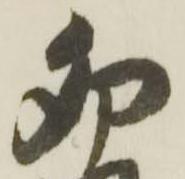
卯